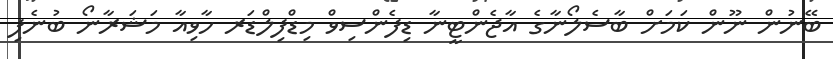
ބޭނުން ނޫން ކަމަށް ބާސެލޯނާގެ އާޖެންޓީނާ ޑިފެންސިވް މިޑްފިލްޑަރ ހާވިއާ މަޝަރާނޯ ބުނެފި